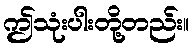
ဤသုံးပါးတို့တည်း။